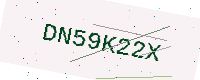
Text: DN59K22X